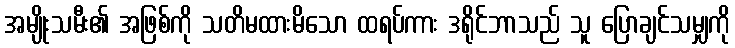
အမျိုးသမီး၏ အဖြစ်ကို သတိမထားမိသော ထရပ်ကား ဒရိုင်ဘာသည် သူ ပြောချင်သမျှကို